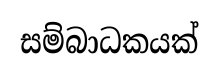
සම්බාධකයක්